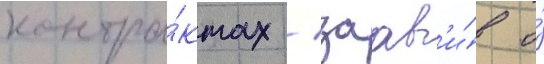
контра́ктах / заав'и́в о́